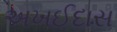
અખઈદાસ